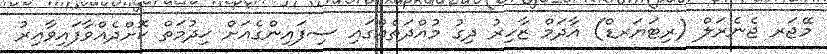
މޭޖަރ ޖެނެރަލް (ރިޓަޔަރޑް) އާދަމް ޒާހިރު ދިގު މުއްދަތެއްގައި ސިފައިންގެއަށް ޚިދުމަތް ކޮށްދެއްވާފައިވާއިރު